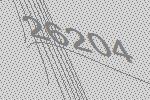
26204